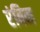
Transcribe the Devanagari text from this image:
रंबिन